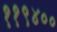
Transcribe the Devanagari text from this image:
११९४००